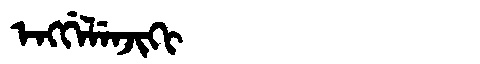
Manchu: ᡝᠩᡤᡝᠯᡝᠨᠵᡳᡴᡳ
Romanization: ENGGELENJIKI